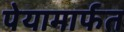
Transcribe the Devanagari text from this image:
पेयामार्फत